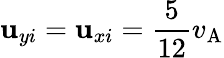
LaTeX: \mathbf{u}_{yi}=\mathbf{u}_{xi}=\frac{{5}}{{12}}v_{\mathrm{{A}}}